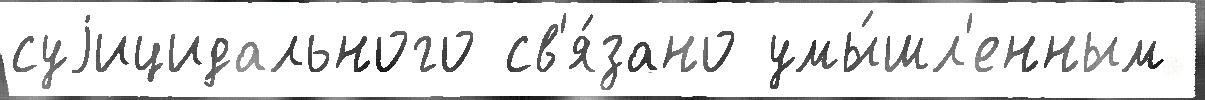
суjицидального св'я́зано умы́шл'енным